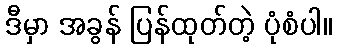
ဒီမှာ အခွန် ပြန်ထုတ်တဲ့ ပုံစံပါ။